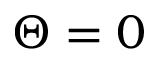
\Theta = 0